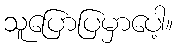
သူပြောပြမှာပေါ့။